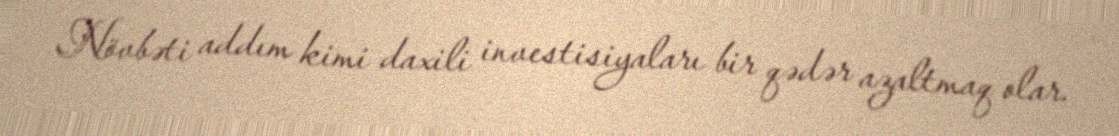
Növbəti addım kimi daxili investisiyaları bir qədər azaltmaq olar.